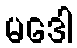
မဒေါ